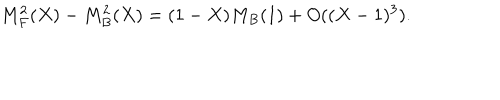
LaTeX: M _ { F } ^ { 2 } ( X ) - M _ { B } ^ { 2 } ( X ) = ( 1 - X ) M _ { B } ( 1 ) + O ( ( X - 1 ) ^ { 3 } ) .